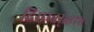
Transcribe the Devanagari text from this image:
दिसम्बर्१८७८